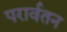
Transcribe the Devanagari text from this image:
परार्वतन